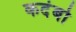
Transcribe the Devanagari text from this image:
कदंबो